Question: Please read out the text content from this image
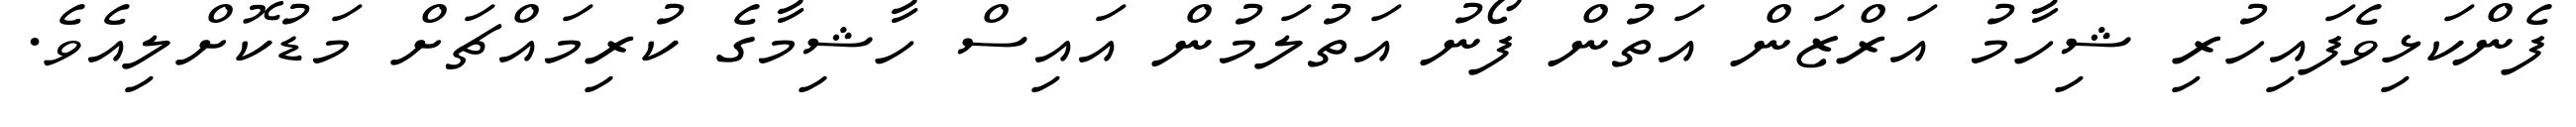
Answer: ފެންކަޅިވެފައިހުރި ޝިހާމު އަރްޒަން އަތުން ފޯނު އަތުލަމުން އައިސް ހާޝިމާގެ ކުރިމައްޗަށް މަޑުކޮށްލިއެވެ.